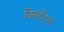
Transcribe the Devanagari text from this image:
क्लिशिना